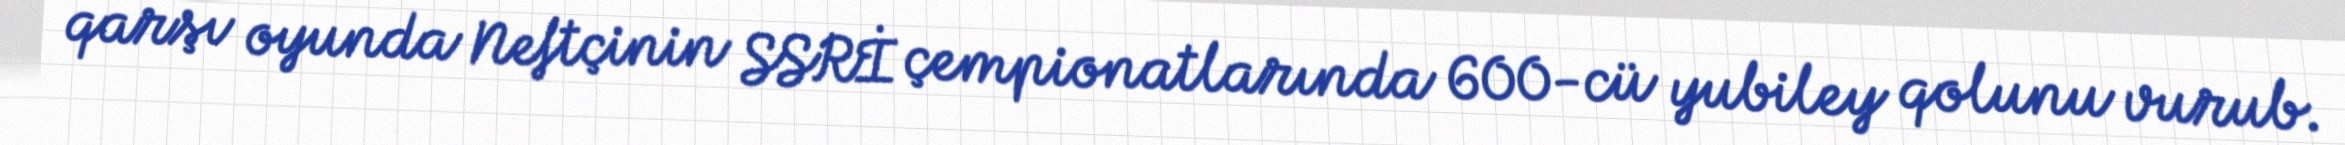
qarşı oyunda Neftçinin SSRİ çempionatlarında 600-cü yubiley qolunu vurub.